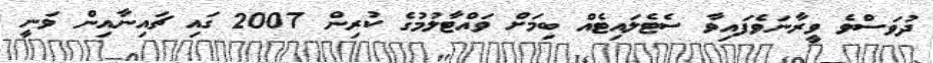
ދުވަސްވެ ވީރާނަވެފައިވާ ސެޓެލައިޓެއް ބިމަށް ވައްޓާލުމުގެ ކުރިން 2007 ގައި ޗައިނާއިން ވަނީ